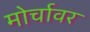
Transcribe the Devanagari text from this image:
मोर्चावर